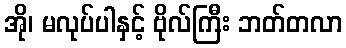
အို၊ မလုပ်ပါနှင့် ဗိုလ်ကြီး ဘတ်တလာ